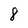
Character: 8